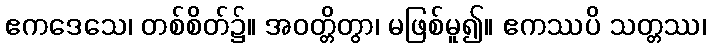
ဧကဒေသေ၊ တစ်စိတ်၌။ အဝတ္တိတွာ၊ မဖြစ်မူ၍။ ဧကဿပိ သတ္တဿ၊